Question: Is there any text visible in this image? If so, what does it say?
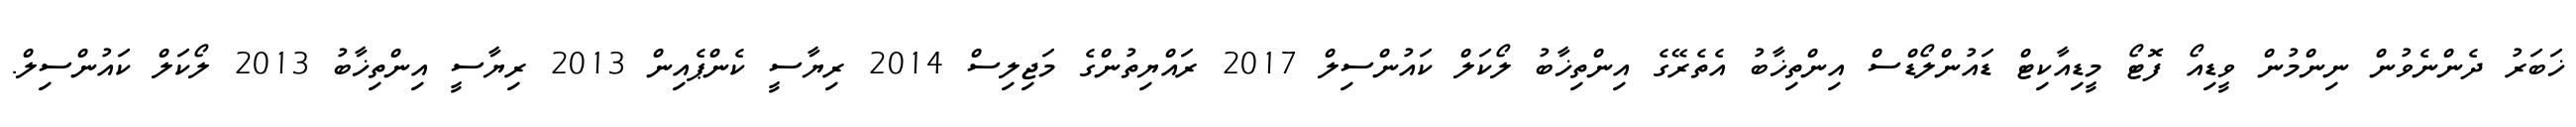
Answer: ޚަބަރު ދެންނެވުން ނިންމުން ވީޑިއޯ ފޮޓޯ މީޑިއާކިޓް ޑައުންލޯޑްސް އިންތިޚާބު އެތެރޭގެ އިންތިޚާބު ލޯކަލް ކައުންސިލް 2017 ރައްޔިތުންގެ މަޖިލިސް 2014 ރިޔާސީ ކެންޕެއިން 2013 ރިޔާސީ އިންތިޚާބު 2013 ލޯކަލް ކައުންސިލް.